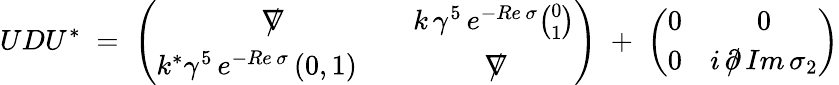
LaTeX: UDU^{*}\; =\; \left(\begin{array}{cc}{{\nabla\! \! \! \! /}}&{{k\, \gamma^{5}\, e^{-Re\, \sigma}{\binom{0}{1}}}}\\ {{k^{*}\gamma^{5}\, e^{-Re\, \sigma}\, (0,1)\quad}}&{{\nabla\! \! \! \! /}}\end{array}\right)\; +\; \left(\begin{array}{cc}{{0}}&{{0}}\\ {{0}}&{{i\, \partial\! \! \! /\, Im\, \sigma_{2}}}\end{array}\right)